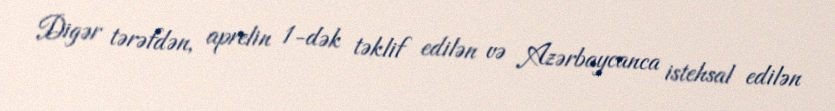
Digər tərəfdən, aprelin 1-dək təklif edilən və Azərbaycanca istehsal edilən